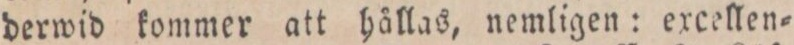
derwid kommer att hållas, nemligen: excellen=